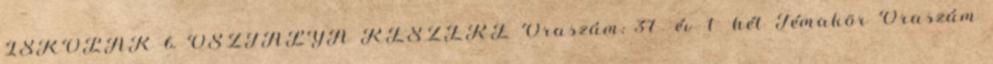
ISKOLÁK 6. OSZTÁLYA RÉSZÉRE Óraszám: 37 év 1 hét Témakör Óraszám